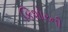
કિશોરની